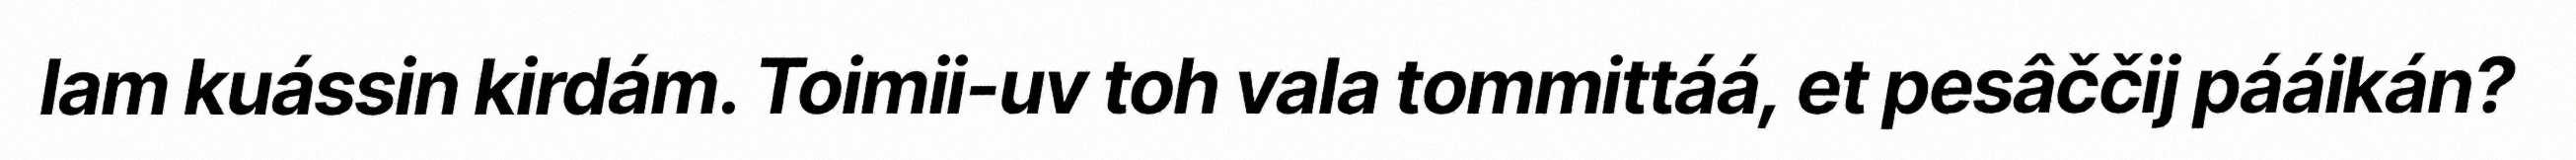
lam kuássin kirdám. Toimii-uv toh vala tommittáá, et pesâččij pááikán?